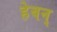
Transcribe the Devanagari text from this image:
हेवन्